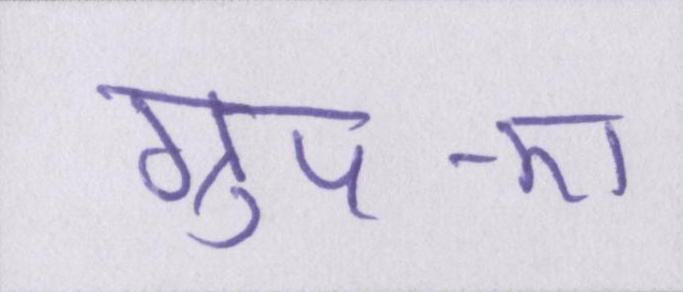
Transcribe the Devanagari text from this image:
ग्रुप-ए